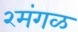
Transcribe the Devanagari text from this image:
२मंगळ